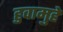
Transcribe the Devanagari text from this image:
हुवामुहे